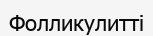
Фолликулитті